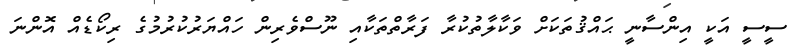
ސީސީ އަކީ އިންސާނީ ޙައްޤުތަކަށް ވަކާލާތުކުރާ ފަރާތްތަކާއި ނޫސްވެރިން ހައްޔަރުކުރުމުގެ ރިކޯޑެއް އޮންނަ